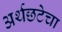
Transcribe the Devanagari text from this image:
अर्थछटेचा